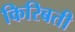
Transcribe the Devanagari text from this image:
किरिबती